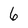
Character: 6